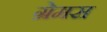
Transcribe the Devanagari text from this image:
ग्रेमस